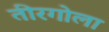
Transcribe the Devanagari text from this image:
तीरगोला